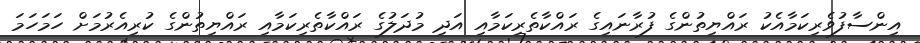
އިންސާފުވެރިކަމާއެކު ރައްޔިތުންގެ ފުރާނައިގެ ރައްކާތެރިކަމާއި އަދި މުދަލުގެ ރައްކާތެރިކަމާއި ރައްޔިތުންގެ ކުރިއެރުމަށް ހަމަހަމަ